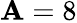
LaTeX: \mathbf{A}=8